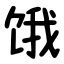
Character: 饿